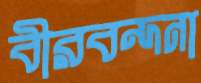
বীরবন্দনা